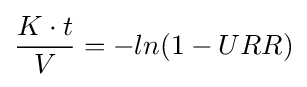
{\frac {K\cdot t}{V}}=-ln(1-URR)